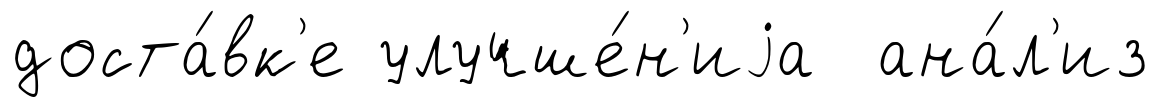
доста́вк'е улучше́н'иjа ана́л'из